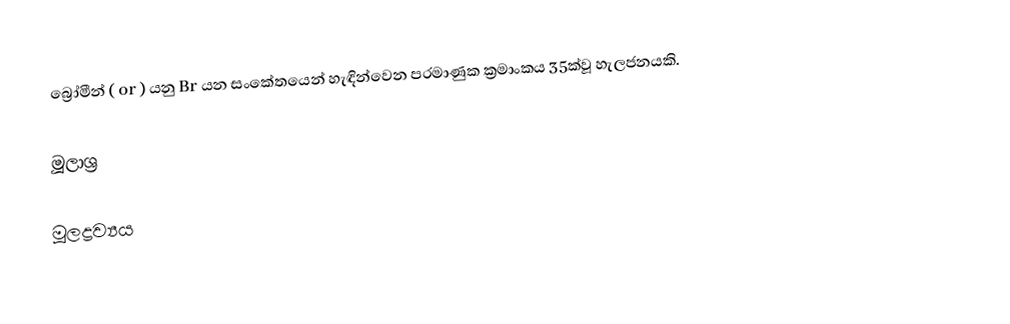
බ්‍රෝමීන් (  or  ) යනු Br යන සංකේතයෙන් හැඳින්වෙන පරමාණුක ක්‍රමාංකය 35ක්වූ හැලජනයකි.

මූලාශ්‍ර

මූලද්‍රව්‍යය